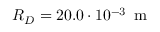
R _ { D } = 2 0 . 0 \cdot 1 0 ^ { - 3 } \, \mathrm { ~ m ~ }